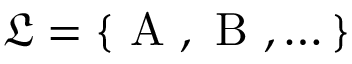
\mathfrak { L } = \{ \mathrm { ~ A ~ } , \mathrm { ~ B ~ } , \dots \}